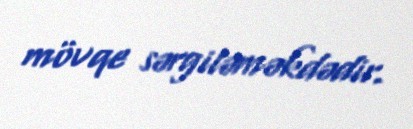
mövqe sərgiləməkdədir.